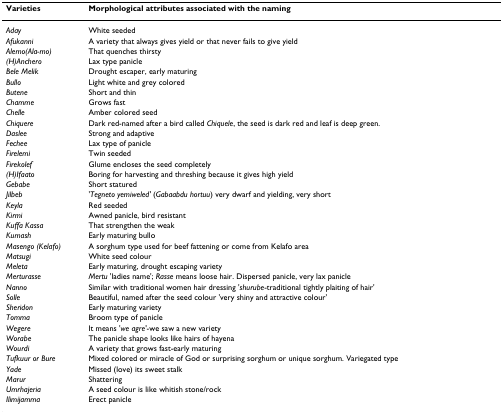
| Varieties | Morphological attributes associated with the naming |
 | --- | --- |
 | Aday | White seeded |
 | Afukanni | A variety that always gives yield or that never fails to give yield |
 | Alemo(Ala-mo) | That quenches thirsty |
 | (H)Anchero | Lax type panicle |
 | Bele Melik | Drought escaper, early maturing |
 | Bullo | Light white and grey colored |
 | Butene | Short and thin |
 | Chamme | Grows fast |
 | Chelle | Amber colored seed |
 | Chiquere | Dark red-named after a bird called Chiquele, the seed is dark red and leaf is deep green. |
 | Daslee | Strong and adaptive |
 | Fechee | Lax type of panicle |
 | Firelemi | Twin seeded |
 | Firekolef | Glume encloses the seed completely |
 | (H)Ifaato | Boring for harvesting and threshing because it gives high yield |
 | Gebabe | Short statured |
 | Jilbeb | 'Tegneto yemiweled' (Gabaabdu hortuu) very dwarf and yielding, very short |
 | Keyla | Red seeded |
 | Kirmi | Awned panicle, bird resistant |
 | Kuffa Kassa | That strengthen the weak |
 | Kumash | Early maturing bullo |
 | Masengo (Kelafo) | A sorghum type used for beef fattening or come from Kelafo area |
 | Matsugi | White seed colour |
 | Meleta | Early maturing, drought escaping variety |
 | Merturasse | Mertu 'ladies name'; Rasse means loose hair. Dispersed panicle, very lax panicle |
 | Nanno | Similar with traditional women hair dressing 'shurube-traditional tightly plaiting of hair' |
 | Solle | Beautiful, named after the seed colour 'very shiny and attractive colour' |
 | Sheridon | Early maturing variety |
 | Tomma | Broom type of panicle |
 | Wegere | It means 'we agre'-we saw a new variety |
 | Worabe | The panicle shape looks like hairs of hayena |
 | Wourdi | A variety that grows fast-early maturing |
 | Tufkuur or Bure | Mixed colored or miracle of God or surprising sorghum or unique sorghum. Variegated type |
 | Yade | Missed (love) its sweet stalk |
 | Marur | Shattering |
 | Umrhajeria | A seed colour is like whitish stone/rock |
 | Ilimijamma | Erect panicle |